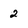
Character: 2